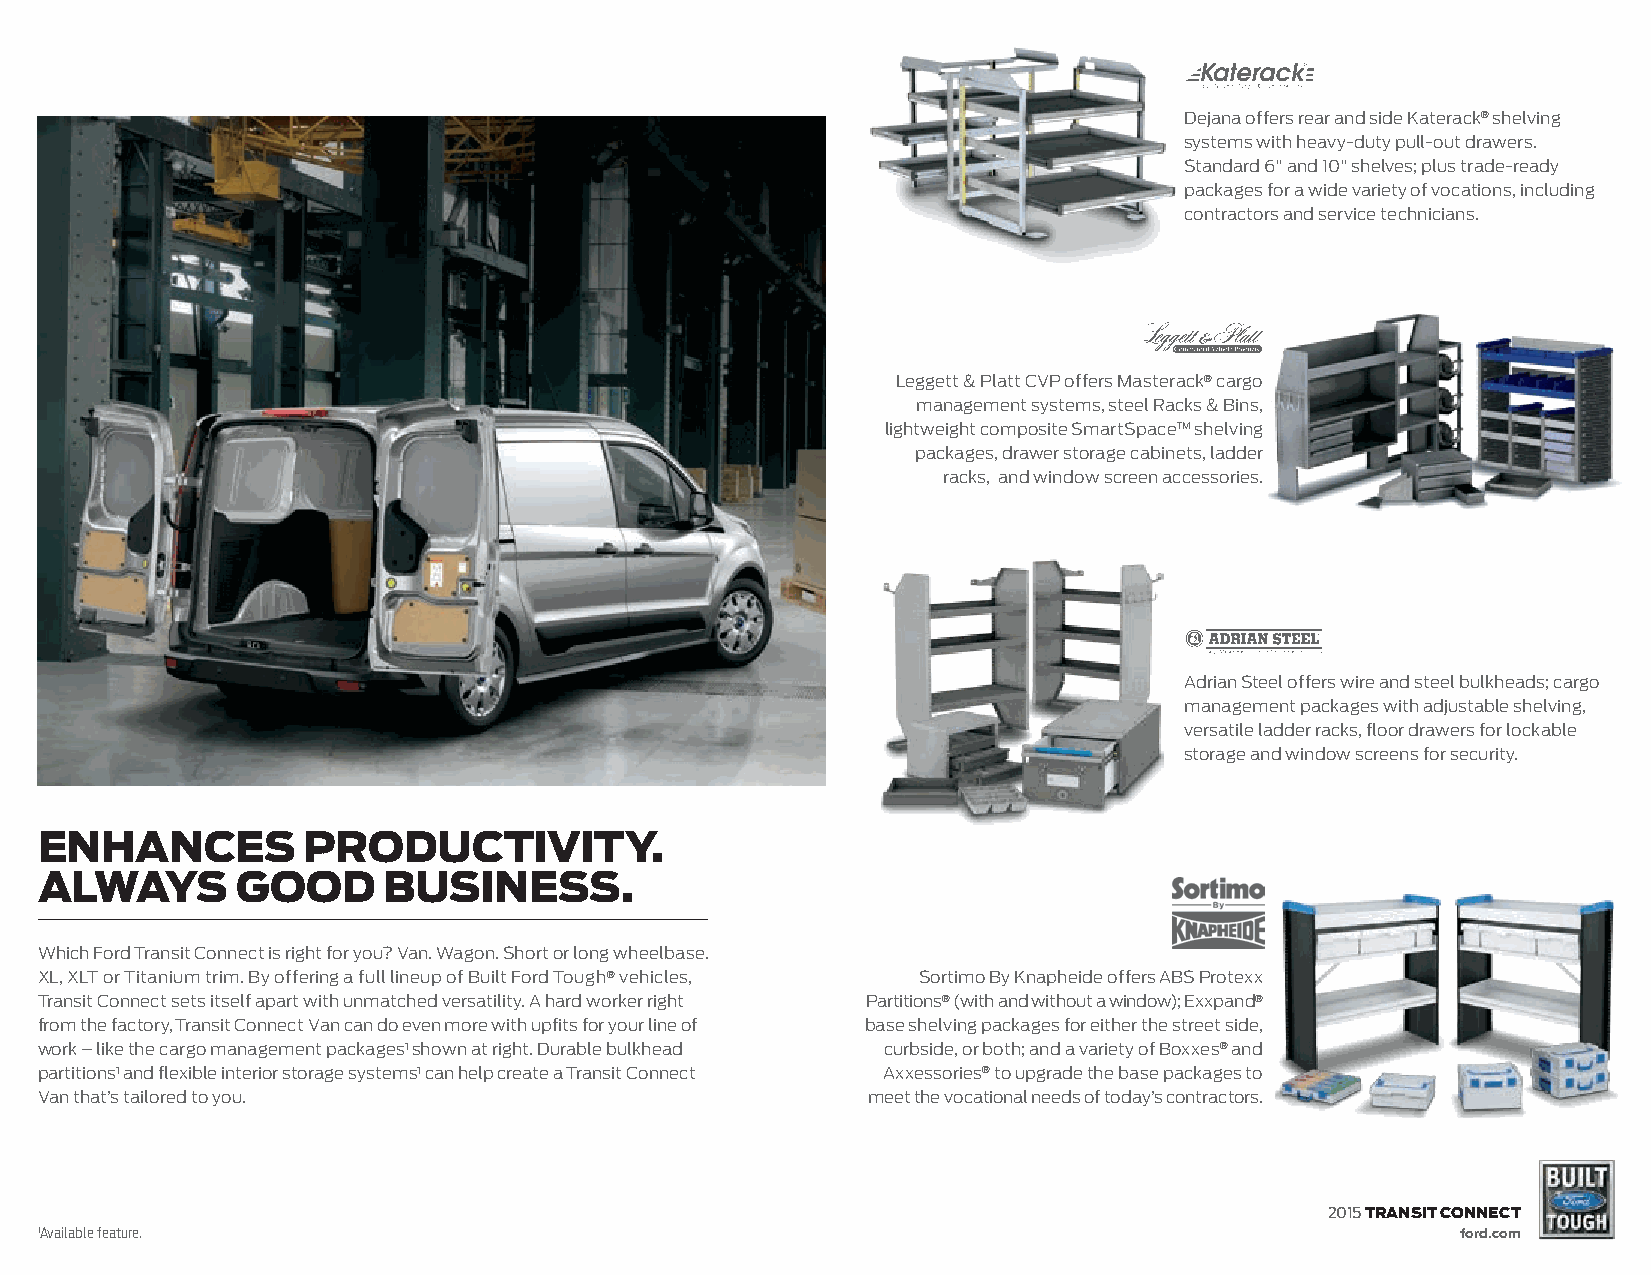
Dejana offers rear and side Katerack® shelving
 systems with heavy-duty pull-out drawers.
 Standard 6" and 10" shelves; plus trade-ready
 packages for a wide variety of vocations, including
 contractors and service technicians.
 Leggett & Platt CVP offers Masterack® cargo
 management systems, steel Racks & Bins,
 lightweight composite SmartSpace™ shelving
 packages, drawer storage cabinets, ladder
 racks, and window screen accessories.
 Adrian Steel offers wire and steel bulkheads; cargo
 management packages with adjustable shelving,
 versatile ladder racks, floor drawers for lockable
 storage and window screens for security.
 enhances          productivity.
 always        good     business.
 Which Ford Transit Connect is right for you? Van. Wagon. Short or long wheelbase.
 XL, XLT or Titanium trim. By offering a full lineup of Built Ford Tough® vehicles, Sortimo By Knapheide offers ABS Protexx
 Transit Connect sets itself apart with unmatched versatility. A hard worker right Partitions® (with and without a window); Exxpand®
 from the factory, Transit Connect Van can do even more with upfits for your line of base shelving packages for either the street side,
 work – like the cargo management packages1 shown at right. Durable bulkhead curbside, or both; and a variety of Boxxes® and
 partitions1 and flexible interior storage systems1 can help create a Transit Connect Axxessories® to upgrade the base packages to
 Van that’s tailored to you.                            meet the vocational needs of today’s contractors.
 2015 transit connect
 1Available feature.                                                                            ford.com